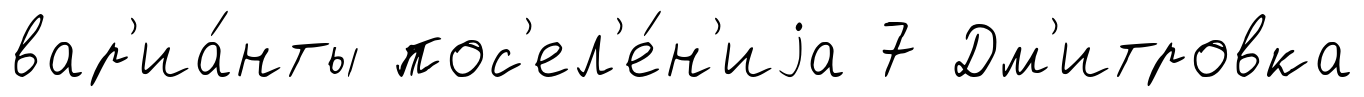
вар'иа́нты пос'ел'е́н'иjа 7 Дм'итровка